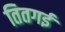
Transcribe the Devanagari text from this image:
तितगई